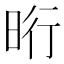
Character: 𣆯